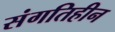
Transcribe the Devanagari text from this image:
संगतिहीन